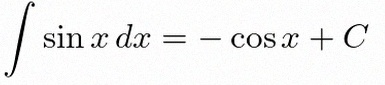
\int \sin x\,dx=-\cos x+C